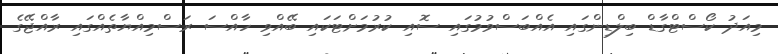
މިއަދު ކޯސްޓްގާޑް ބިލްޑިންގައި އެއްބަސްވުމުގައި ސޮއި ކުރުމަށްޓަކައި ބޭއްވި ހާއްސަ ރަސްމިއްޔާތެއްގައި ރާއްޖޭގެ